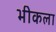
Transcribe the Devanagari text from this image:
भीकला